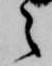
之